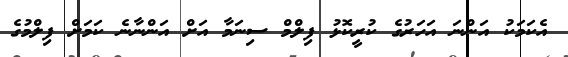
އެކަމަކު އަންނަ އަހަރުގެ ކުރީކޮޅު ފިލްމް ސިނަމާ އަށް އަންނާނެ ކަމަށް ފިލްމުގެ